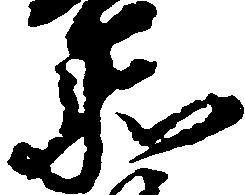
衛